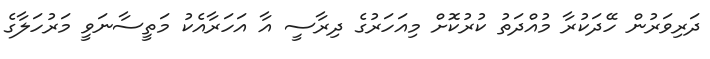
ދަރިވަރުން ހޭދަކުރާ މުއްދަތު ކުރުކޮށް މިއަހަރުގެ ދިރާސީ އާ އަހަރާއެކު މަތީސާނަވީ މަރުހަލާގެ